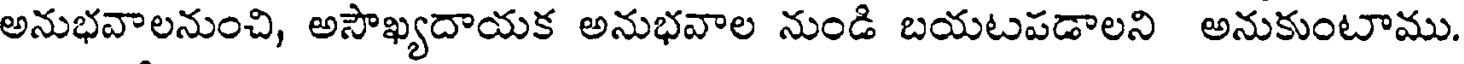
అనుభవాలనుంచి, అసౌఖ్యదాయక అనుభవాల నుండి బయటపడాలని అనుకుంటాము.